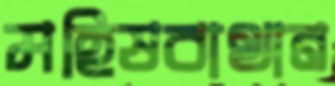
মহিষবাথান